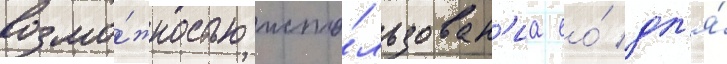
возмо́жностью испо́льзован'иа ео́ дл'я́